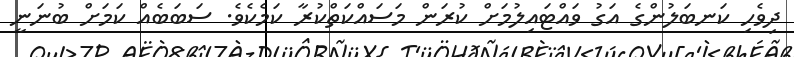
ދިވެހި ކަނބަލުންގެ އަގު ވައްޓައިލުމަށް ކުރަން މަސައްކަތްކުރާ ކަމެކެވެ. ސަބަބެއް ކަމަށް ބުނަނީ